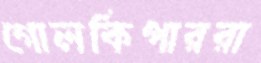
গোলকিপাররা